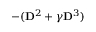
- ( \mathbf { D } ^ { 2 } + \gamma \mathbf { D } ^ { 3 } )